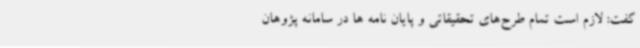
گفت: لازم است تمام طرح‌های تحقیقاتی و پایان نامه ها در سامانه پژوهان